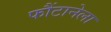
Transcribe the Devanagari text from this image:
फौंटानेला